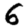
Digit: 6